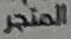
المتجر